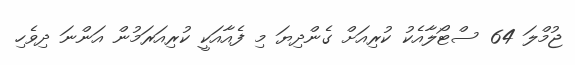
ޖުމްލަ 64 ސްޓޯލާއެކު ކުރިއަށް ގެންދިޔަ މި ފެއާއަކީ ކުރިއަރަމުން އަންނަ ދިވެހި